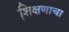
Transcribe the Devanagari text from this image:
शि़क्षणाचा